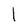
Character: l